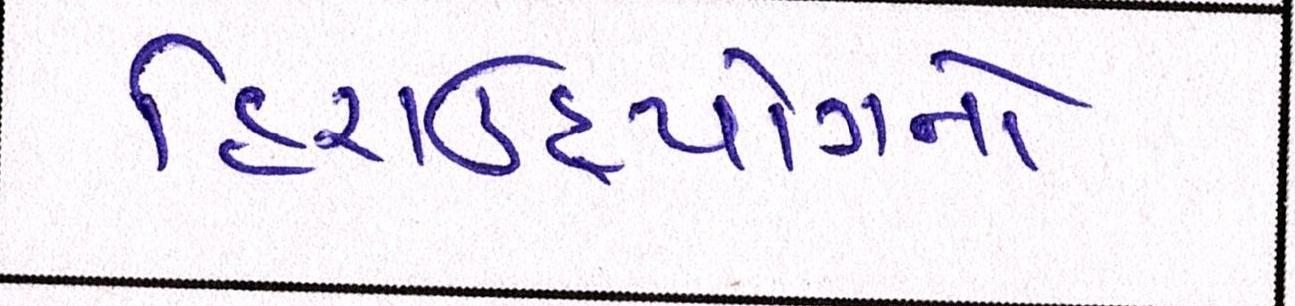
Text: હિરાઉદ્યોગનો